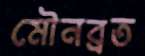
মৌনব্রত